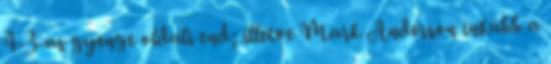
4-3-as gyenge oldali end; illetve Mark Anderson inkább a